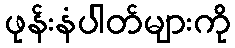
ဖုန်းနံပါတ်များကို